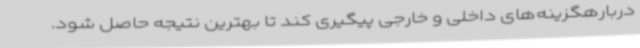
دربارهگزینه‌های داخلی و خارجی پیگیری کند تا بهترین نتیجه حاصل شود.